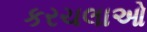
કરચલાઓ